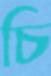
চি